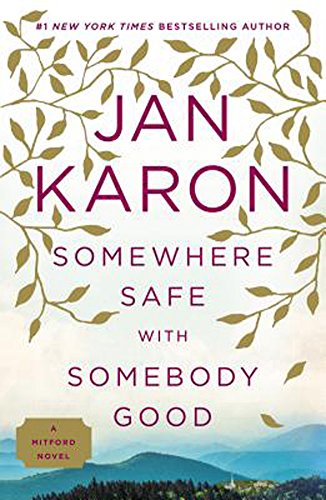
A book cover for Somewhere Safe with Somebody Good: The New Mitford Novel (A Mitford Novel); Jan Karon; Literature & Fiction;